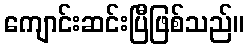
ကျောင်းဆင်းပြီဖြစ်သည်။